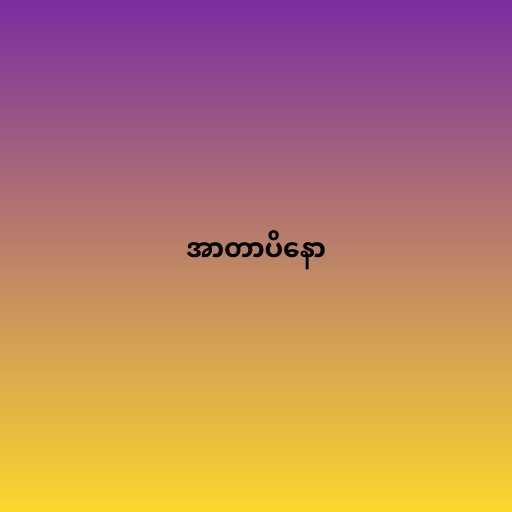
အာတာပိနော